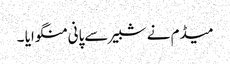
میڈم نے شبیر سےپانی منگوایا ۔